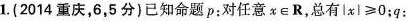
1.(2014重庆，6，5分)已知命题p：对任意x\in R，总有$$| x |≥ 0￥￥；q：$$